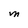
Character: M